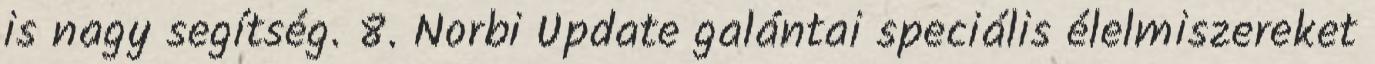
is nagy segítség. 8. Norbi Update galántai speciális élelmiszereket